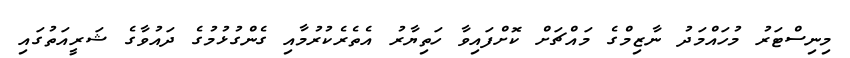
މިނިސްޓަރު މުހައްމަދު ނާޒިމްގެ މައްޗަށް ކޮށްފައިވާ ހަތިޔާރު އެތެރެކުރުމާއި ގެންގުޅުމުގެ ދައުވާގެ ޝަރީއަތުގައި